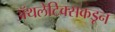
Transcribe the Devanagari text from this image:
ॲथलेटिक्सकडून